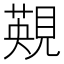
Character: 䚆